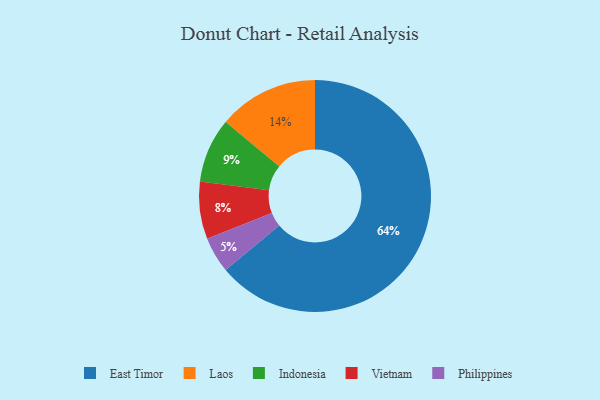
{"axis": {"x": "Category", "y": "Percentage"}, "legend": ["East Timor", "Indonesia", "Laos", "Philippines", "Vietnam"], "data": [{"x": "Laos", "y": 14, "type": "Laos"}, {"x": "Indonesia", "y": 9, "type": "Indonesia"}, {"x": "Philippines", "y": 5, "type": "Philippines"}, {"x": "East Timor", "y": 64, "type": "East Timor"}, {"x": "Vietnam", "y": 8, "type": "Vietnam"}]}